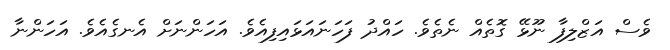
ވެސް އަޒްލިފާ ނޫޅޭ ގޮތެއް ނެތެވެ. ހައްދު ފަހަނައަޅައިފިއެވެ. އަހަންނަށް އެނގެއެވެ. އަހަންނާ